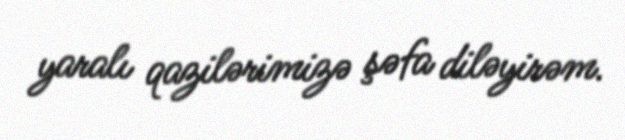
yaralı qazilərimizə şəfa diləyirəm.